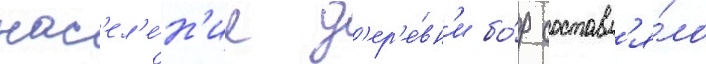
нас'ел'е́н'ие д'ер'е́вн'и бо́р составл'я́ло